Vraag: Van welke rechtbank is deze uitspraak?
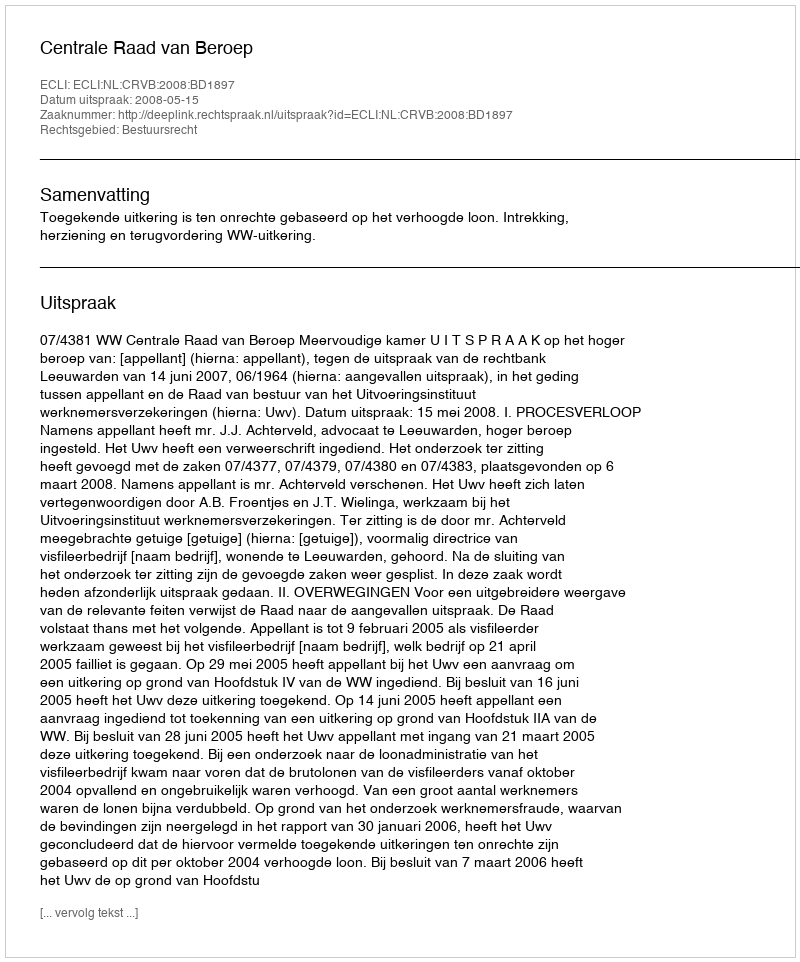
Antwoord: Centrale Raad van Beroep